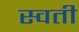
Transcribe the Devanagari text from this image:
स्वती